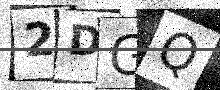
Text: 2DGQ